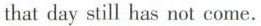
that day still has not come.